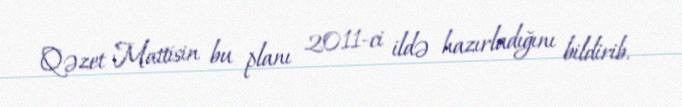
Qəzet Mattisin bu planı 2011-ci ildə hazırladığını bildirib.